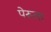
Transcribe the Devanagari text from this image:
पेरूला